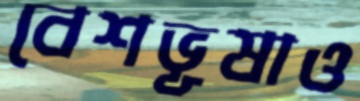
বেশভূষাও